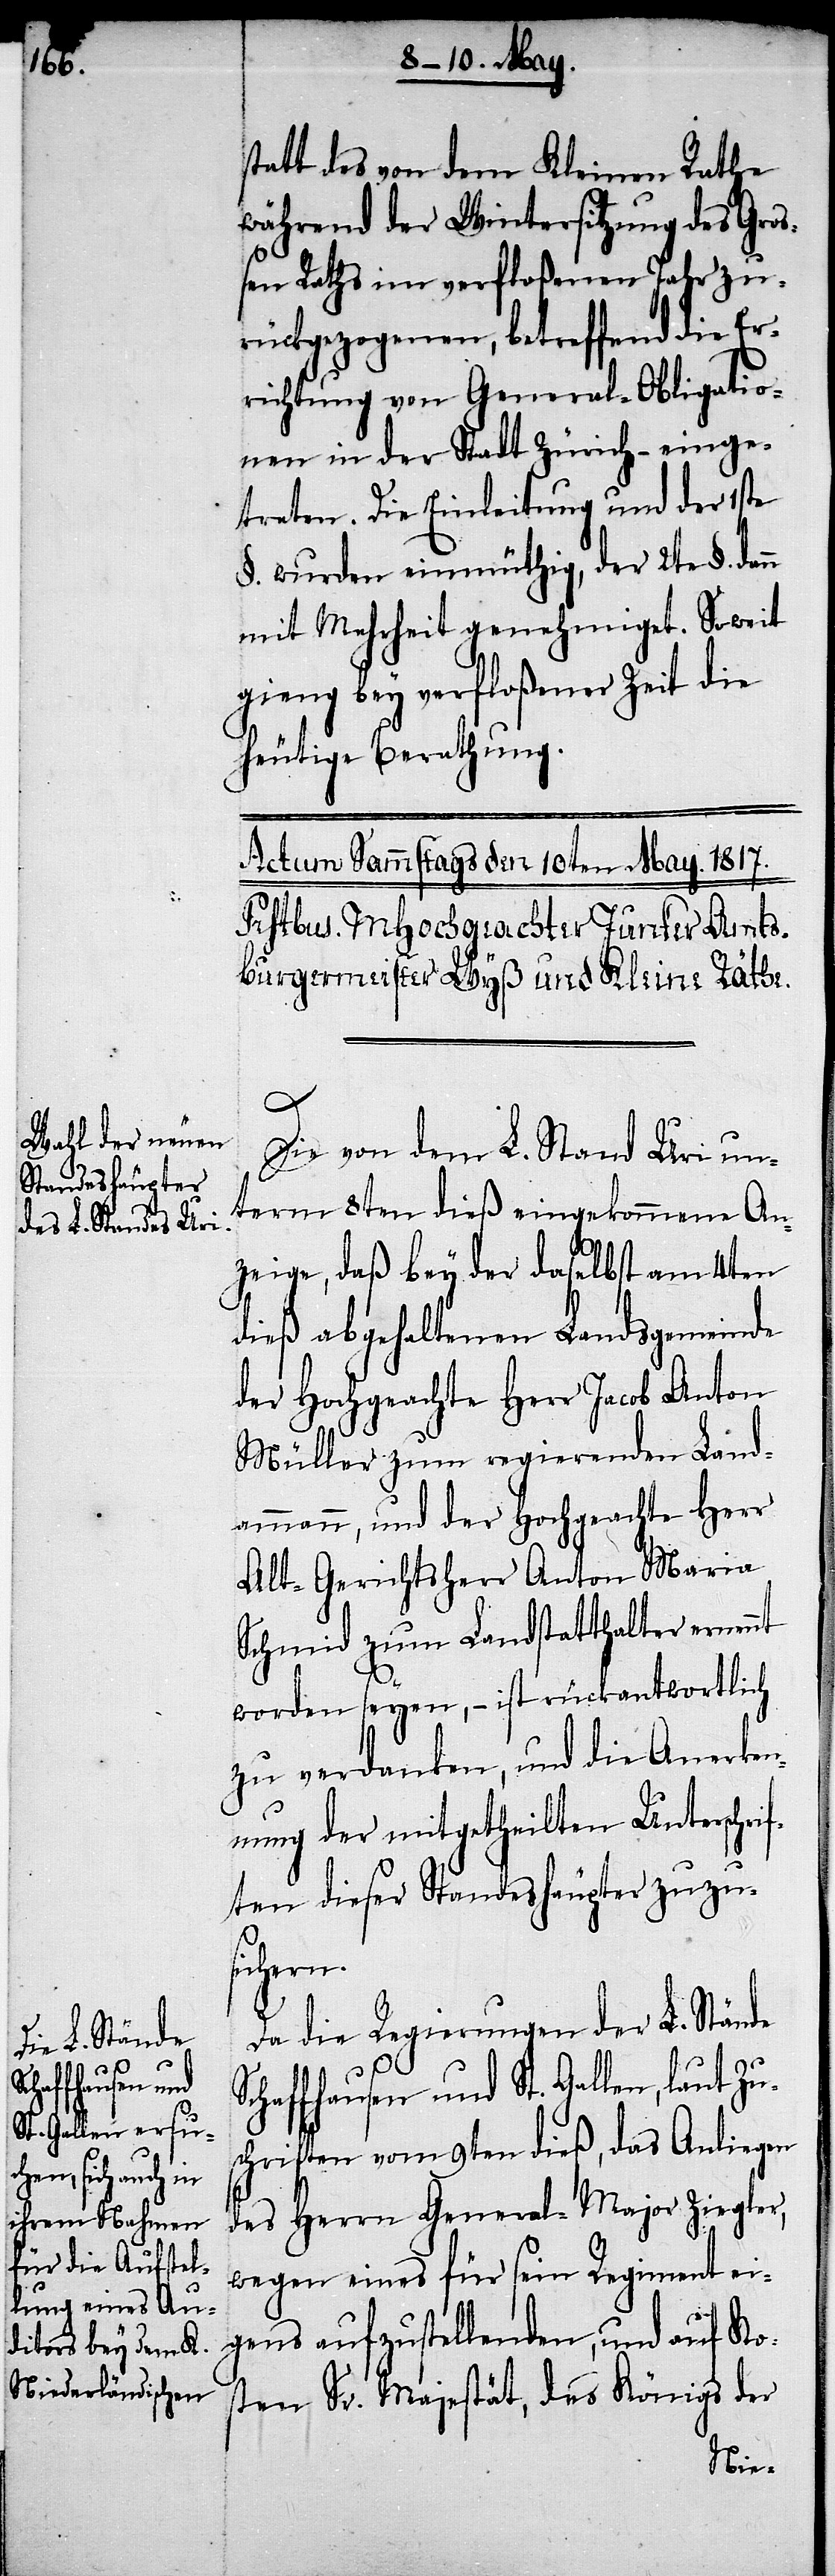
statt des von dem Kleinen Rathe
während der Wintersitzung des Groß¬
en Raths im verfloßenen Jahr zu¬
rückgezogenen, betreffend die Er¬
richtung von General-Obligatio¬
nen in der Stadt Zürich einge¬
treten. Die Einleitung und der 1ste
§. wurden einmüthig, der 2te §. dann
mit Mehrheit genehmiget. Soweit
gieng bey verfloßener Zeit die
heutige Berathung.
Die von dem L. Stand Uri un¬
term 8ten dieß eingekommene An¬
zeige, daß bey der daselbst am 4ten
dieß abgehaltenen Landsgemeinde
der Hochgeachte Herr Jacob Anton
Müller zum regierenden Land¬
ammann, und der Hochgeachte Herr
Alt-Gerichtsherr Anton Maria
Schmid zum Landstatthalter ernennt
worden seyen, – ist rückantwortlich
zu verdanken, und die Anmerk¬
ung der mitgetheilten Unterschrif¬
ten dieser Standeshäupter zuzu¬
sichern.
Da die Regierung der L. Stände
Schaffhausen und St. Gallen, laut Zu¬
schriften vom 9ten dieß, das Anliegen
des Herrn General-Major Ziegler,
wegen eines für sein Regiment ei¬
gens aufzustellenden, und auf Ko¬
sten Sr. Majestät, des Königs der